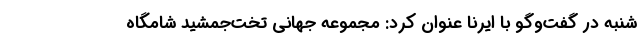
شنبه در گفت‌وگو با ایرنا عنوان کرد: مجموعه جهانی تخت‌جمشید شامگاه